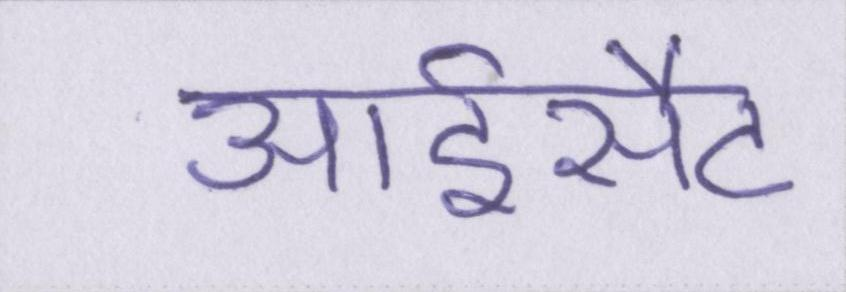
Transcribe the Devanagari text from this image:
आईसैट